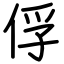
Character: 俘